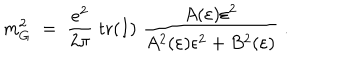
m _ { G } ^ { 2 } \; = \; \frac { e ^ { 2 } } { 2 \pi } \; \mathrm { t r } ( I ) \; \frac { A ( \varepsilon ) \varepsilon ^ { 2 } } { A ^ { 2 } ( \varepsilon ) \epsilon ^ { 2 } + B ^ { 2 } ( \varepsilon ) } \; .